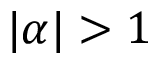
| \alpha | > 1